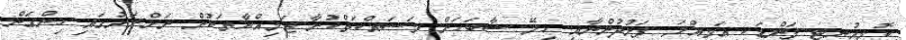
ކޮމިއުނިޓީ ފަންޑަކީ އަމިއްލަ ފަރުދުންނާއި ހިލޭ ސާބަހަށް މަސައްކަތްކުރާ ޖަމިއްޔާތަކުން ރަށްރަށުގައި ހިންގަން